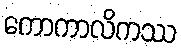
ကောကာလိကဿ